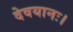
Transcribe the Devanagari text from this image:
देवयानः।